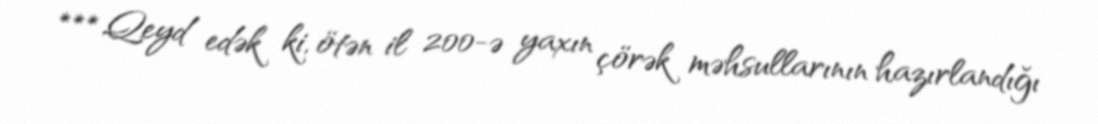
*** Qeyd edək ki, ötən il 200-ə yaxın çörək məhsullarının hazırlandığı